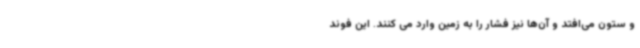
و ستون می‌افتد و آن‌ها نیز فشار را به زمین وارد می کنند. این فوند